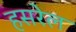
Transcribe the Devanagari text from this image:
हसरेल